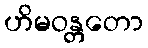
ဟိမဝန္တတော